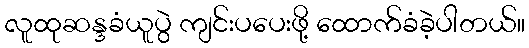
လူထုဆန္ဒခံယူပွဲ ကျင်းပပေးဖို့ ထောက်ခံခဲ့ပါတယ်။